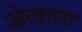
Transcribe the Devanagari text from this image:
अेखाद्या